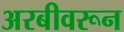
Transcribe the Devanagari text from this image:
अरबीवरून